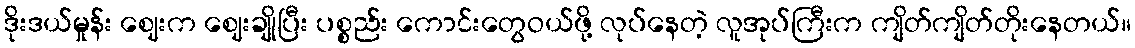
ဒိုးဒယ်မှုန်း ဈေးက ဈေးချိုပြီး ပစ္စည်း ကောင်းတွေဝယ်ဖို့ လုပ်နေတဲ့ လူအုပ်ကြီးက ကျိတ်ကျိတ်တိုးနေတယ်။